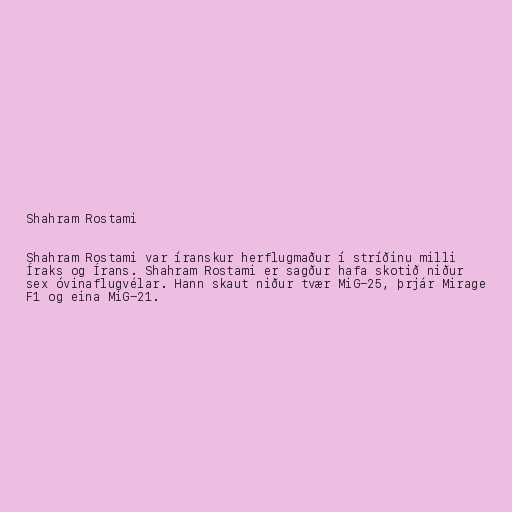
Shahram Rostami

Shahram Rostami var íranskur herflugmaður í stríðinu milli
Íraks og Írans. Shahram Rostami er sagður hafa skotið niður
sex óvinaflugvélar. Hann skaut niður tvær MiG-25, þrjár Mirage
F1 og eina MiG-21.